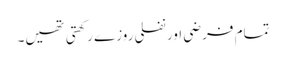
تمام فرضی اور نفلی روزے رکھتی تھیں۔